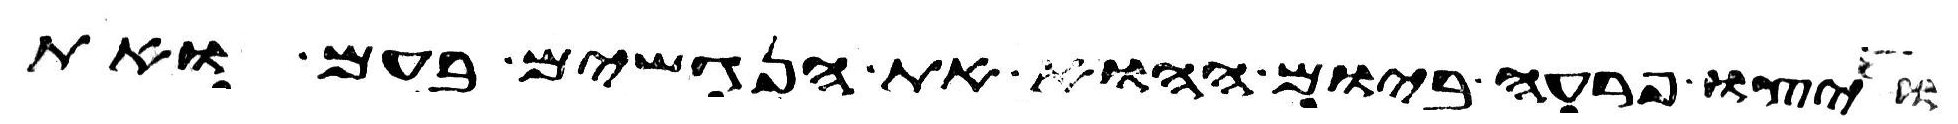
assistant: ויצו פרעה ביום ההוא את הנגשים בעם ואת